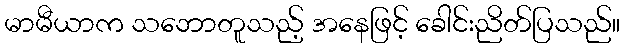
မာမီယာက သဘောတူသည့် အနေဖြင့် ခေါင်းညိတ်ပြသည်။